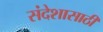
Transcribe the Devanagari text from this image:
संदेशासाठी